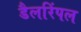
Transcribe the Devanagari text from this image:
डैलरिंपल